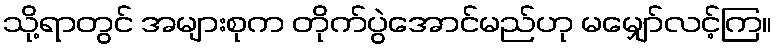
သို့ရာတွင် အများစုက တိုက်ပွဲအောင်မည်ဟု မမျှော်လင့်ကြ။